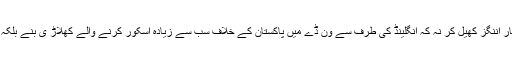
اوپنر الیکس ہیلز جو پاکستان کے خلاف اب تک سیریز میں ناکام رہے تھے نے نے 171رنز کی یاد گار اننگز کھیل کر نہ کہ انگلینڈ کی طرف سے وَن ڈے میں پاکستان کے خلاف سب سے زیادہ اسکور کرنے والے کھلاڑ ی بنے بلکہ کسی بھی ملک کے خلاف وَن ڈے میں سب سے زیادہ اسکور کرنے والے انگلینڈ کے بلے باز بن گئے۔